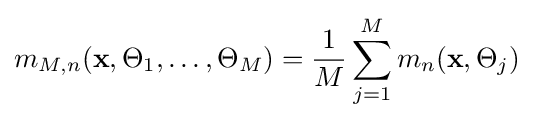
m_{M,n}(\mathbf {x} ,\Theta _{1},\ldots ,\Theta _{M})={\frac {1}{M}}\sum _{j=1}^{M}m_{n}(\mathbf {x} ,\Theta _{j})